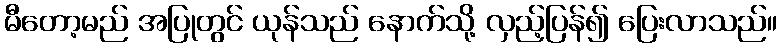
မီတော့မည် အပြုတွင် ယုန်သည် နောက်သို့ လှည့်ပြန်၍ ပြေးလာသည်။